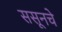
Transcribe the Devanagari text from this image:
ससूनचे